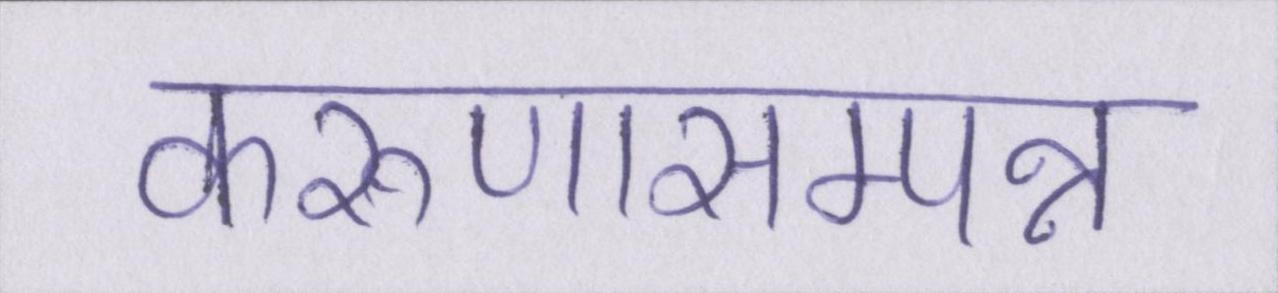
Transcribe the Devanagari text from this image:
करुणासम्पन्न